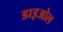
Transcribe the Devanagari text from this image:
डाइओल